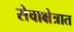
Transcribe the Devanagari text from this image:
सेवाक्षेत्रात